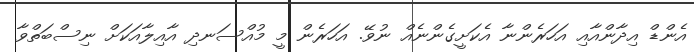
އެންޑް އިދާންއާއި އަހަރެންނާ އެކަށީގެންނެއް ނުވޭ. އަހަރެން މީ މުއްސަނދި އާއިލާއަކަށް ނިސްބަތްވާ